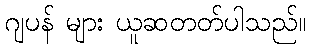
ဂျပန် များ ယူဆတတ်ပါသည်။